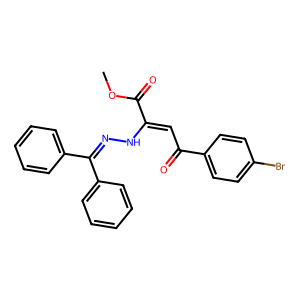
SMILES: COC(=O)C(=CC(=O)c1ccc(Br)cc1)NN=C(c1ccccc1)c1ccccc1
Inhibits HIV replication: No